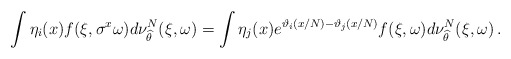
\begin{align*} \int \eta_i(x) f(\xi, \sigma^x\omega) d\nu_{\widehat \theta }^N (\xi,\omega) = \int \eta_j(x) e^{\vartheta_i(x/N) - \vartheta_j(x/N)} f(\xi, \omega) d\nu_{\widehat \theta }^N (\xi,\omega) \, . \end{align*}